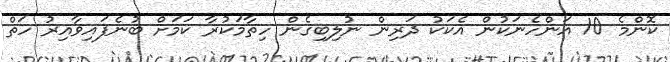
ކޮންމެ 10 އަންހެނަކުން އެކަކު ދަރިން ނުލިބިގެން ހިތާމަކުރާ ކަމަށް ބުނެފައިވާއިރު ހަތް